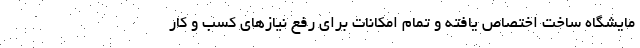
مایشگاه ساخت اختصاص یافته و تمام امکانات برای رفع نیازهای کسب و کار